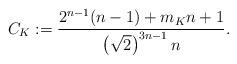
LaTeX: \begin{align*}C_K:=\frac{ 2^{n-1}(n-1) + m_Kn +1 }{\left(\sqrt{2}\right)^{3n-1}n}.\end{align*}